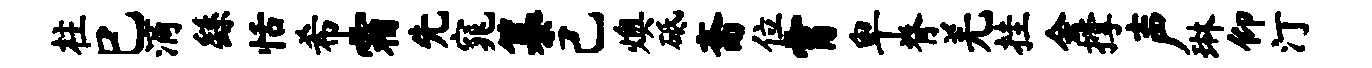
柱巳滴繇恬希霜先窕纂己燠砥斋位霄卑脊羌挂会撑声琳仰汀